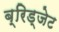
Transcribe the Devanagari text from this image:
ब्रिड्जेट